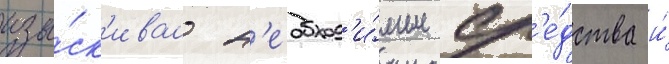
изы́ск'ивал н'еобход'и́мые ср'е́дства и́